Bréfritari: Lárus Bjarnason
Dagsetning: A-1874-11-29
Skrifað á: Vesturheimi

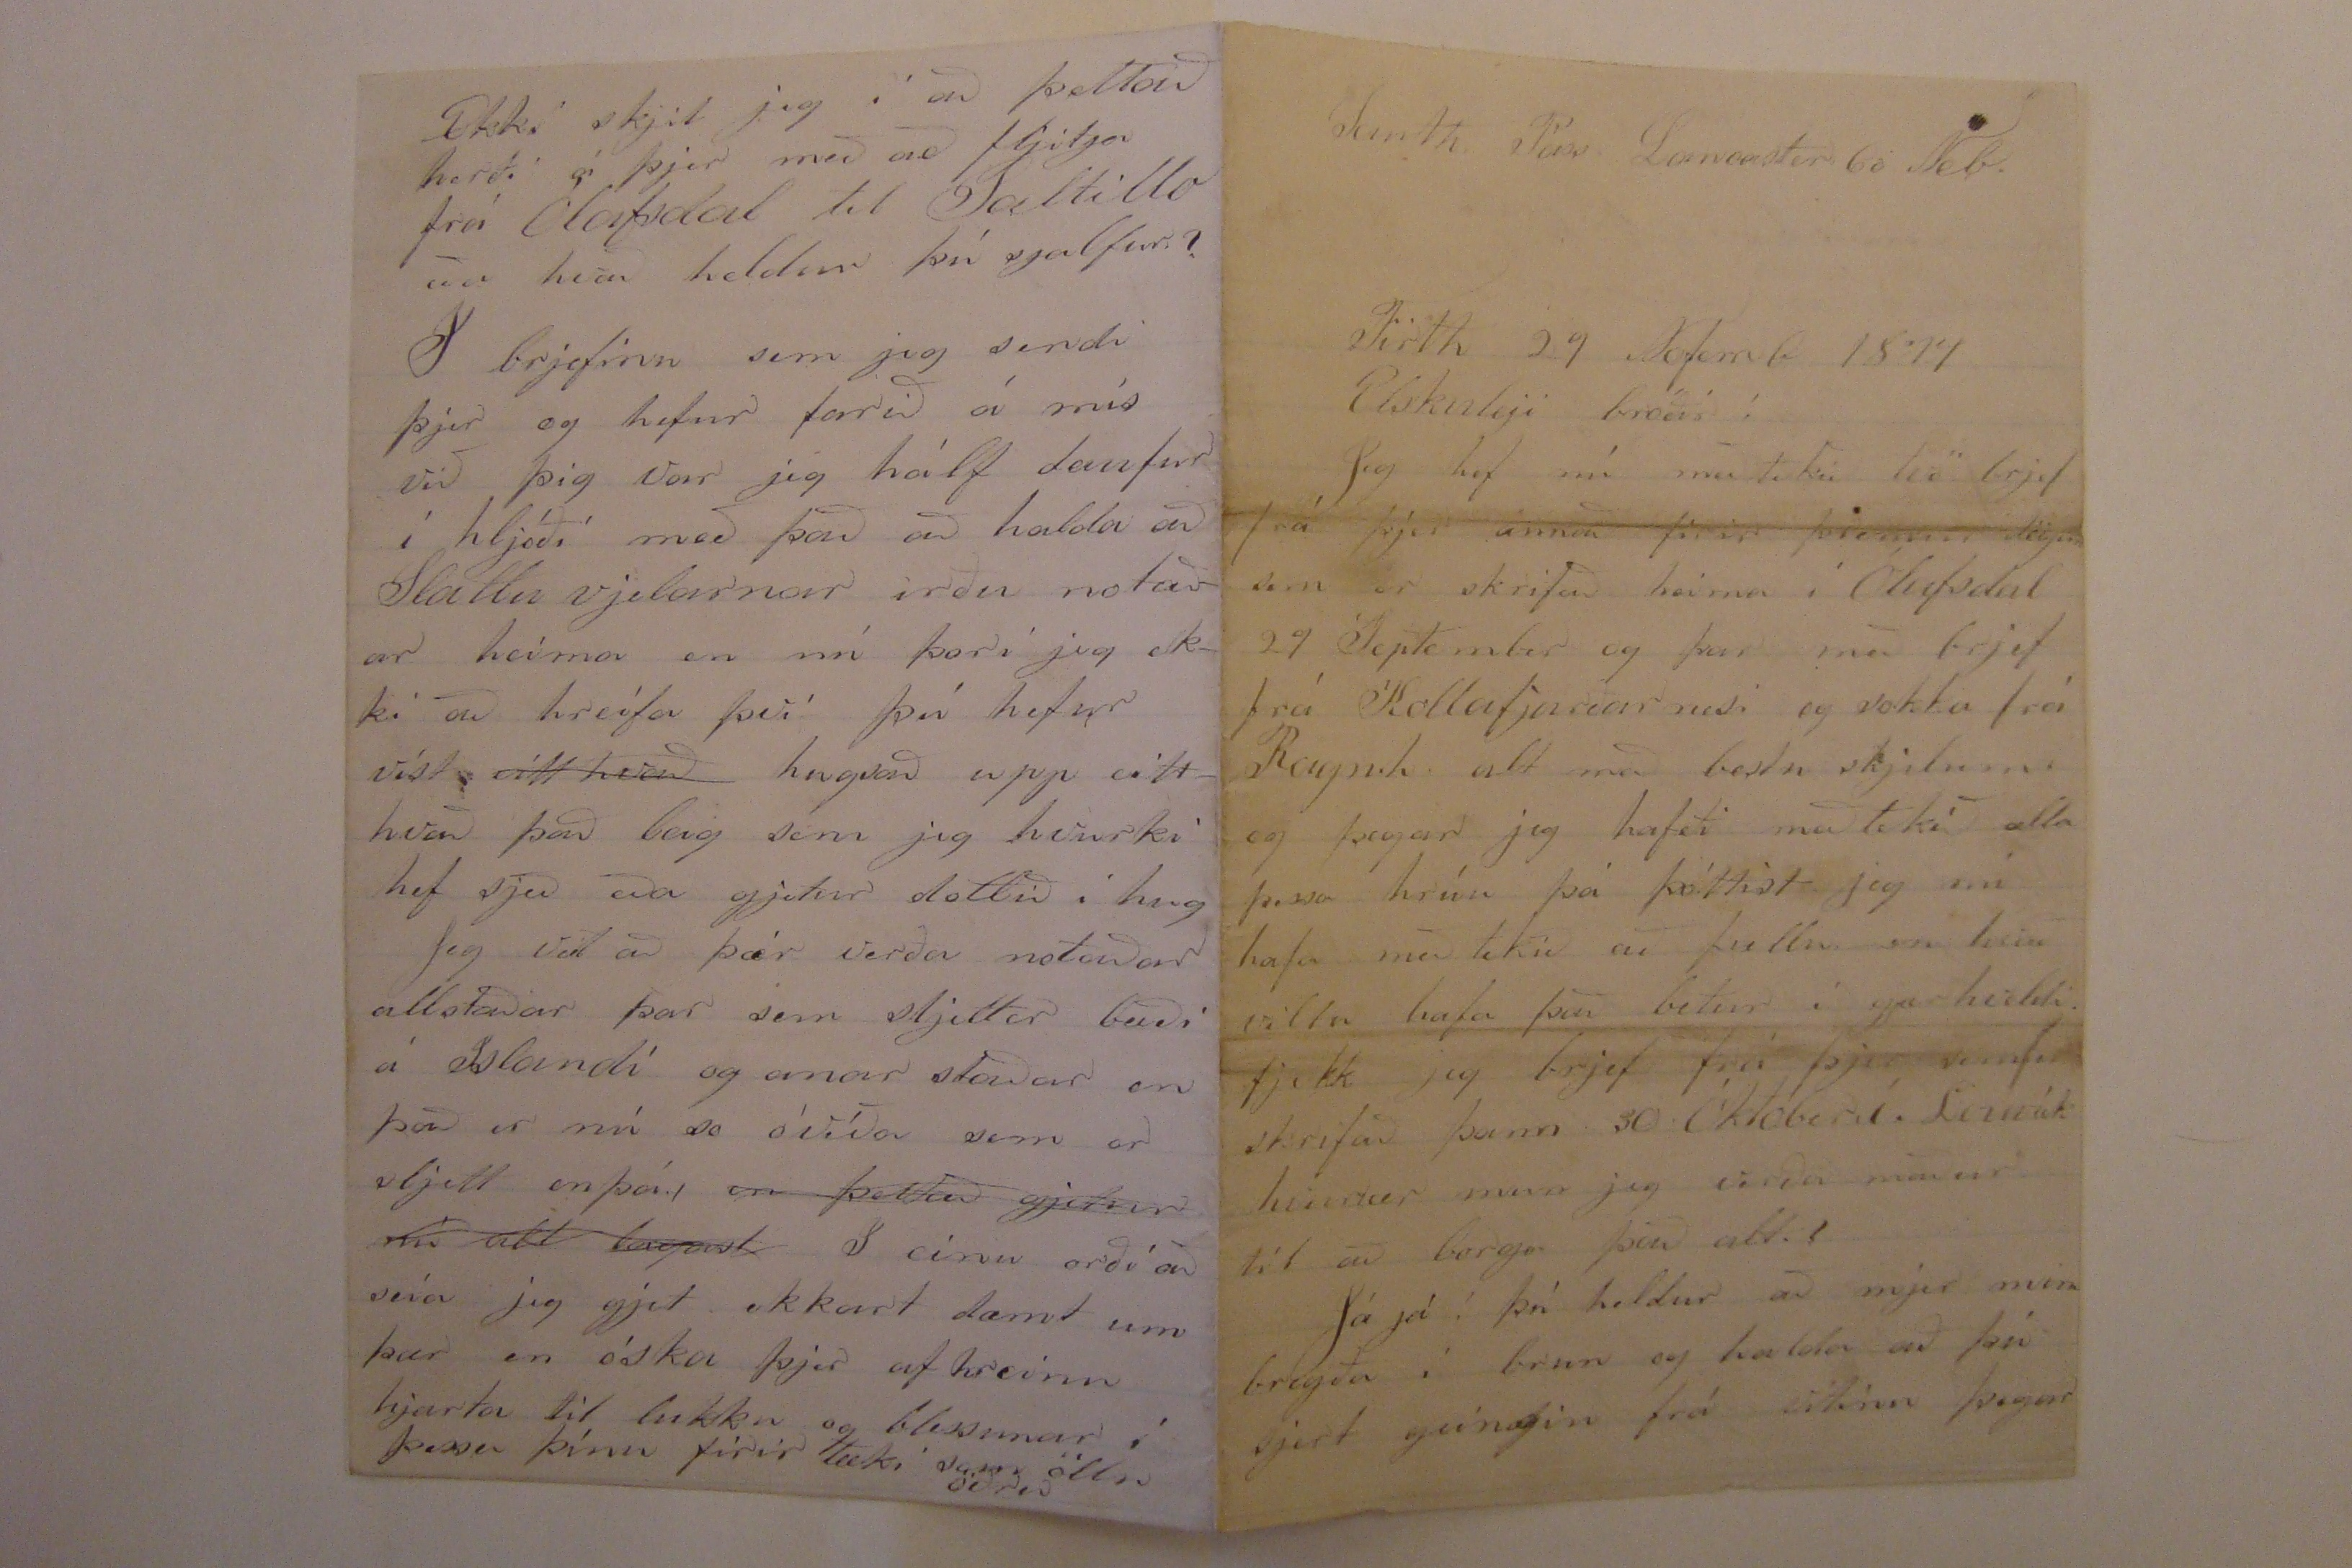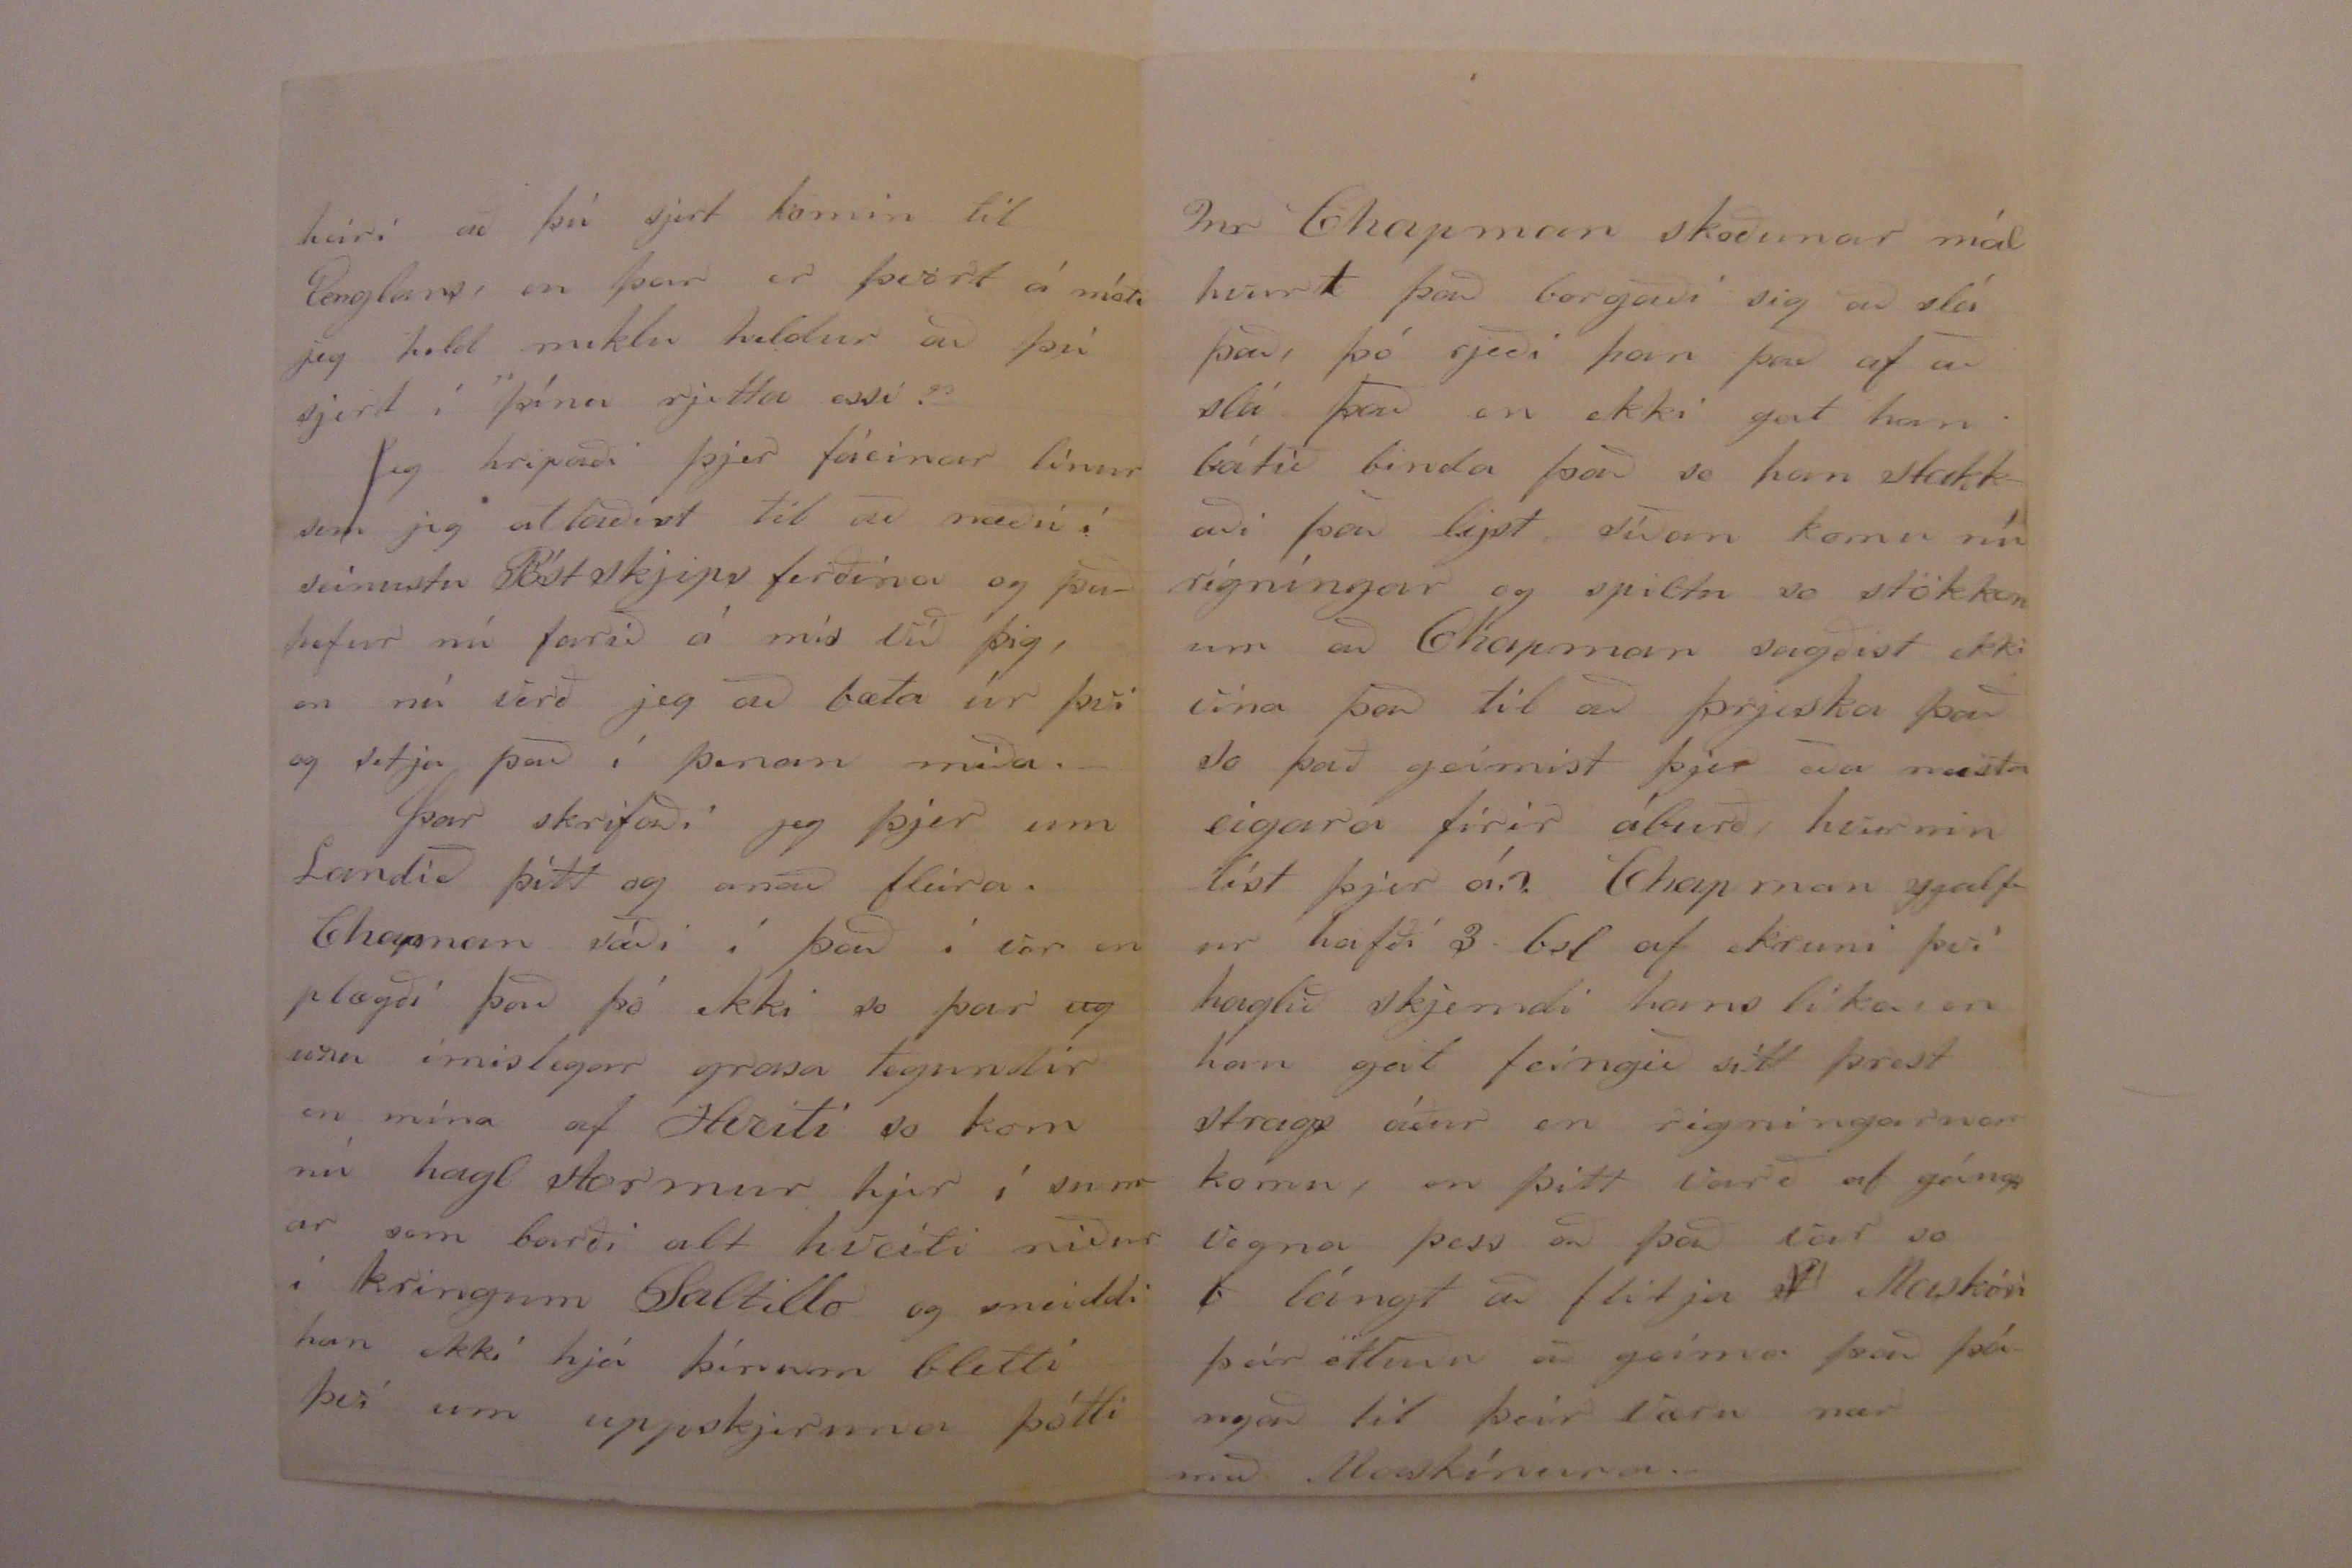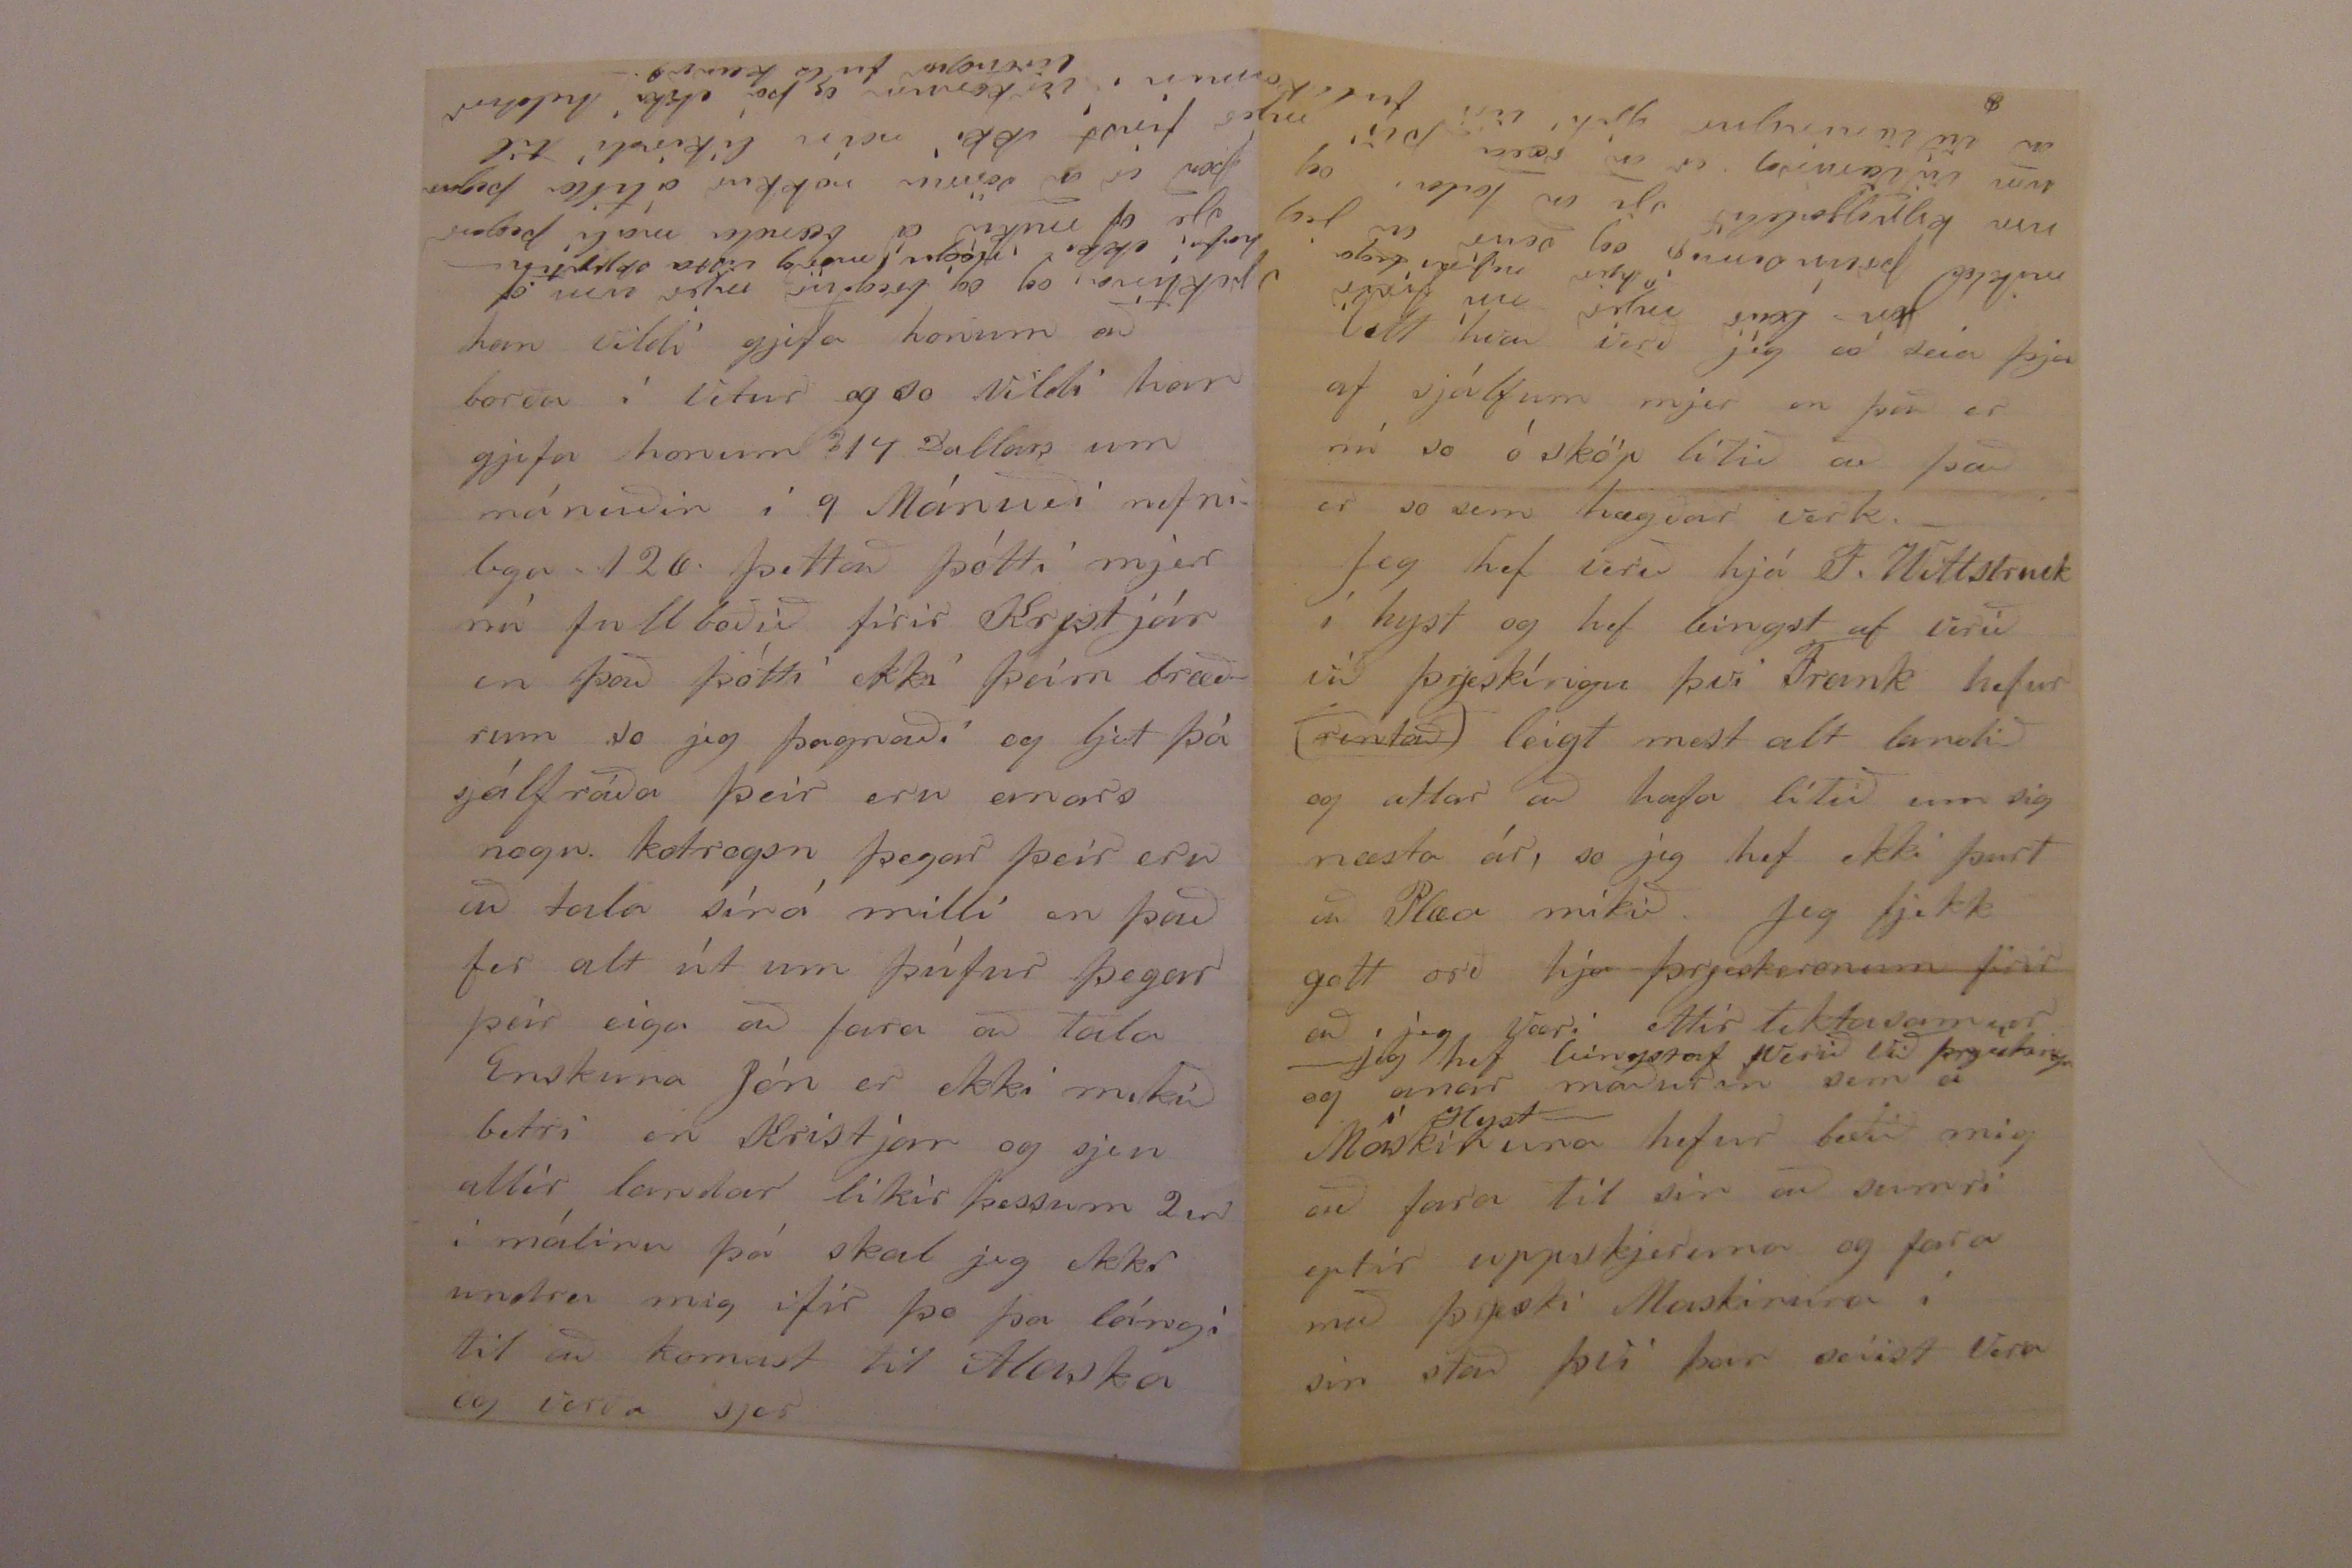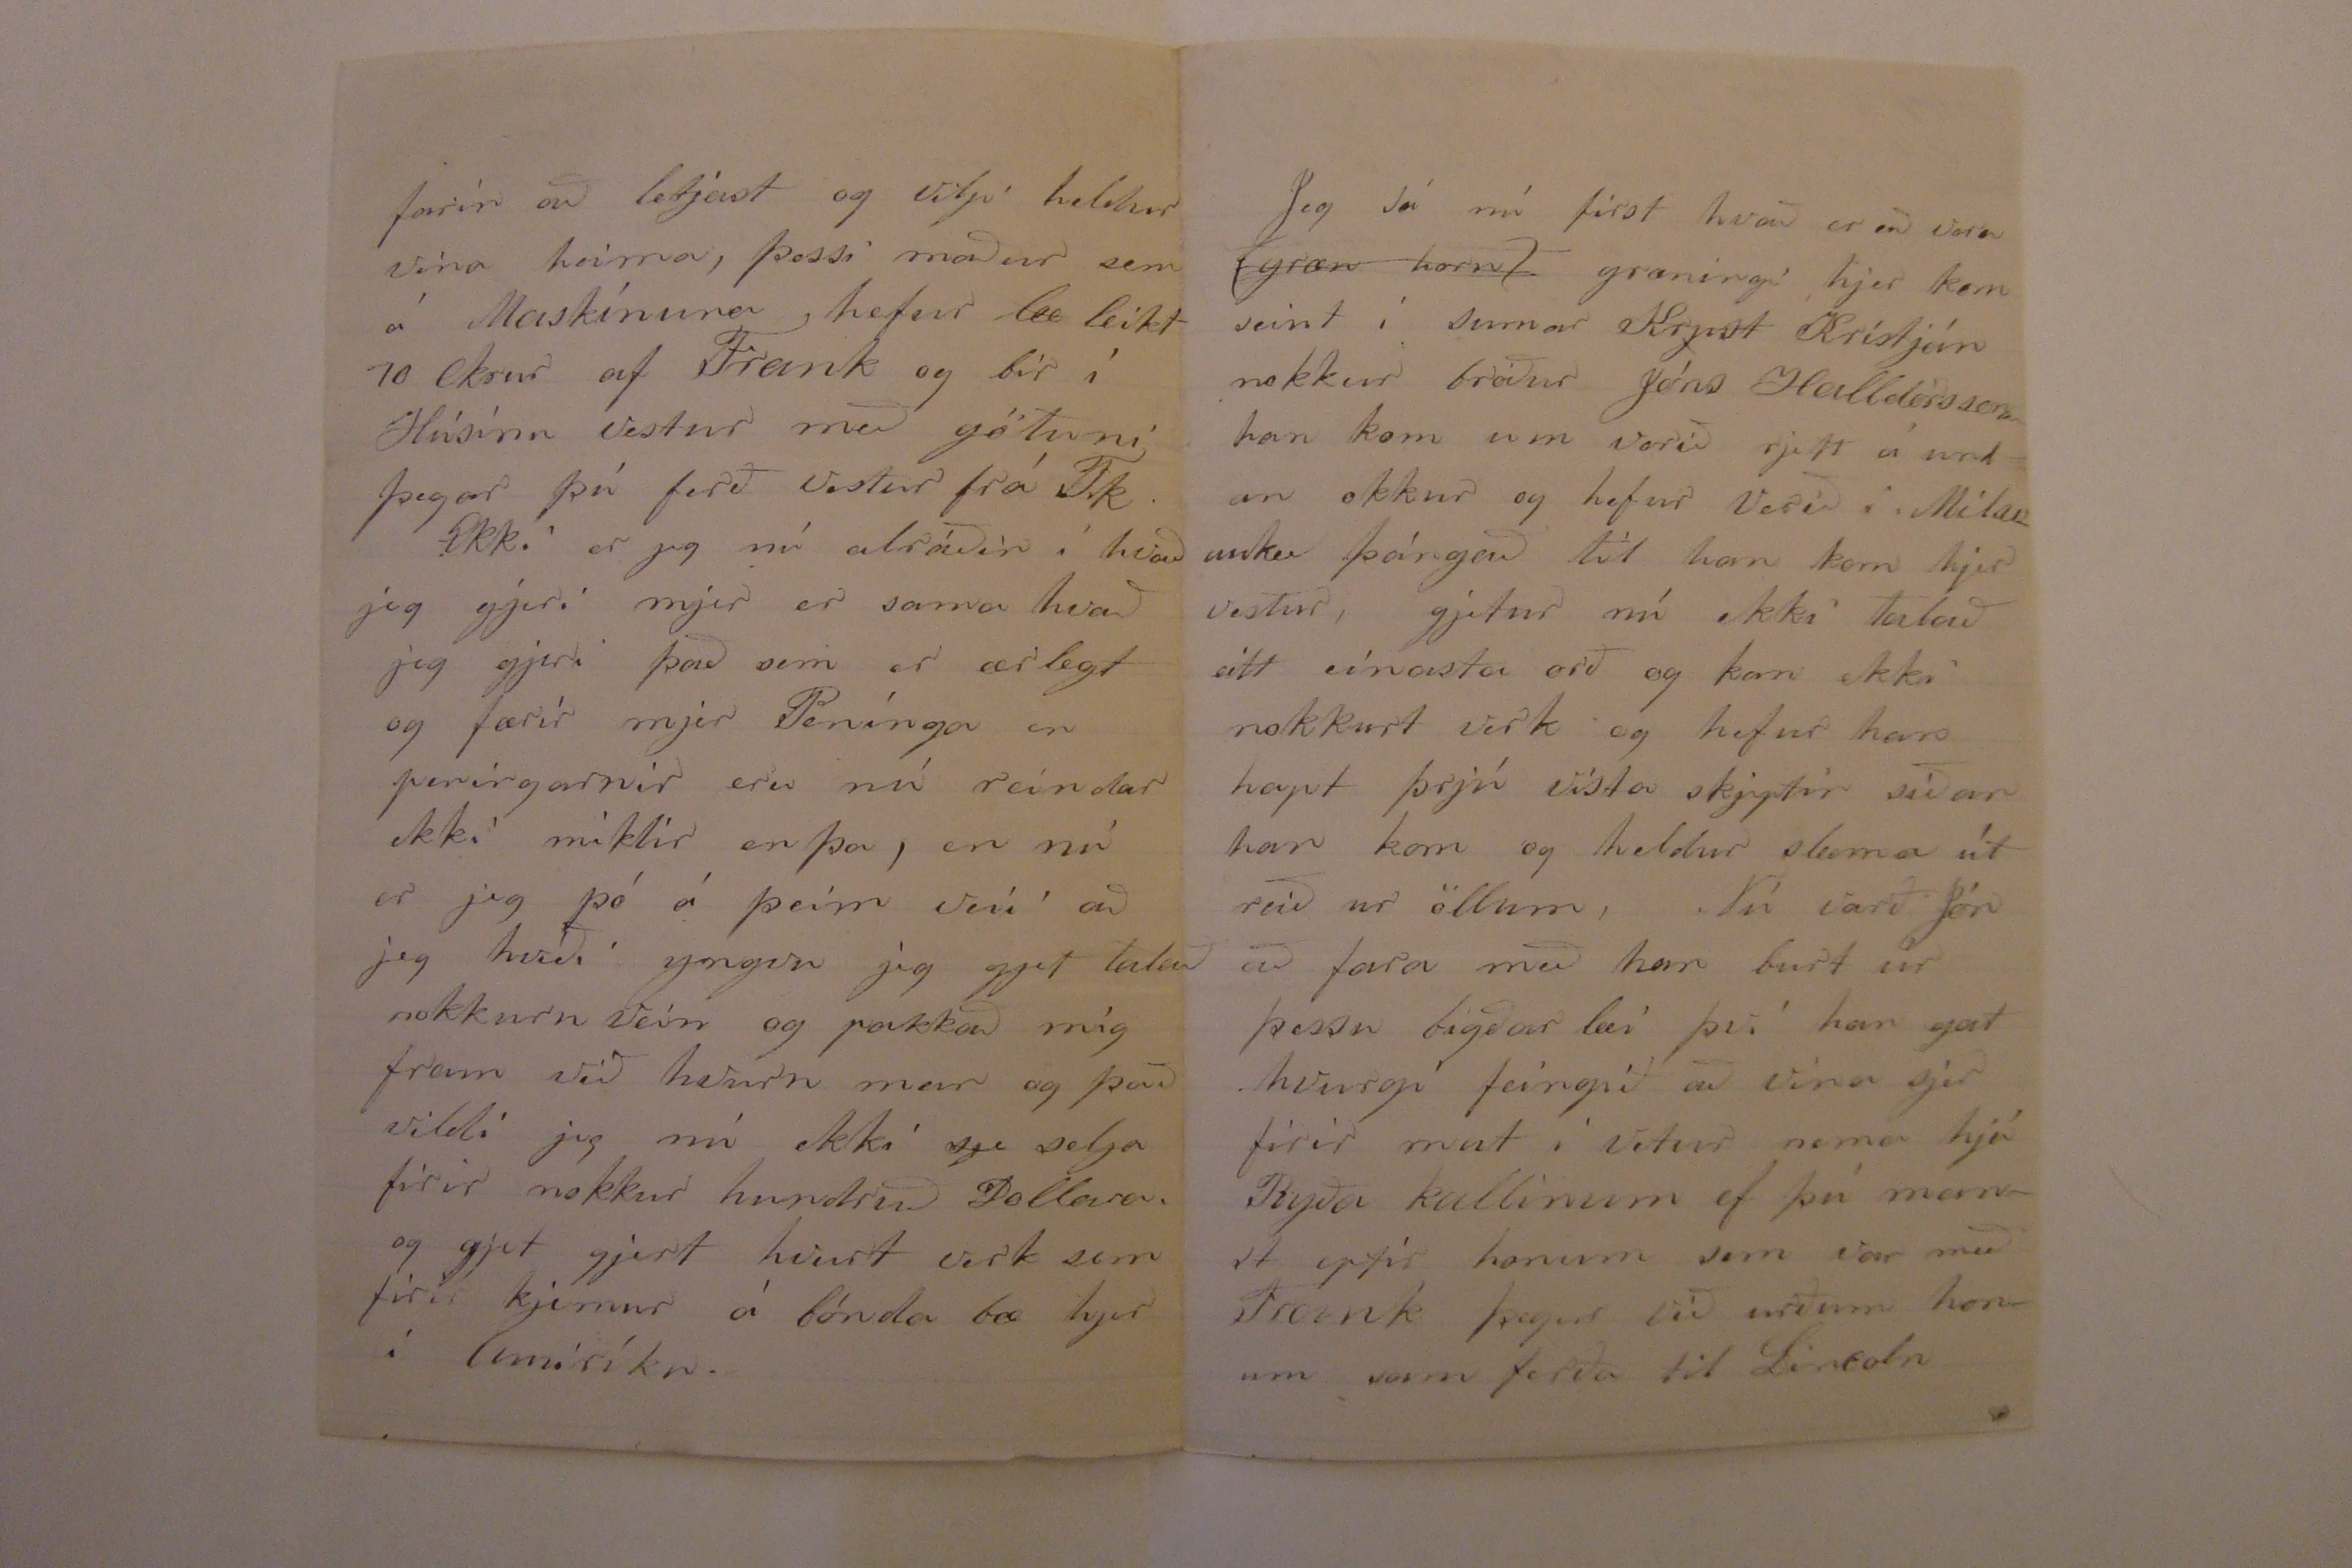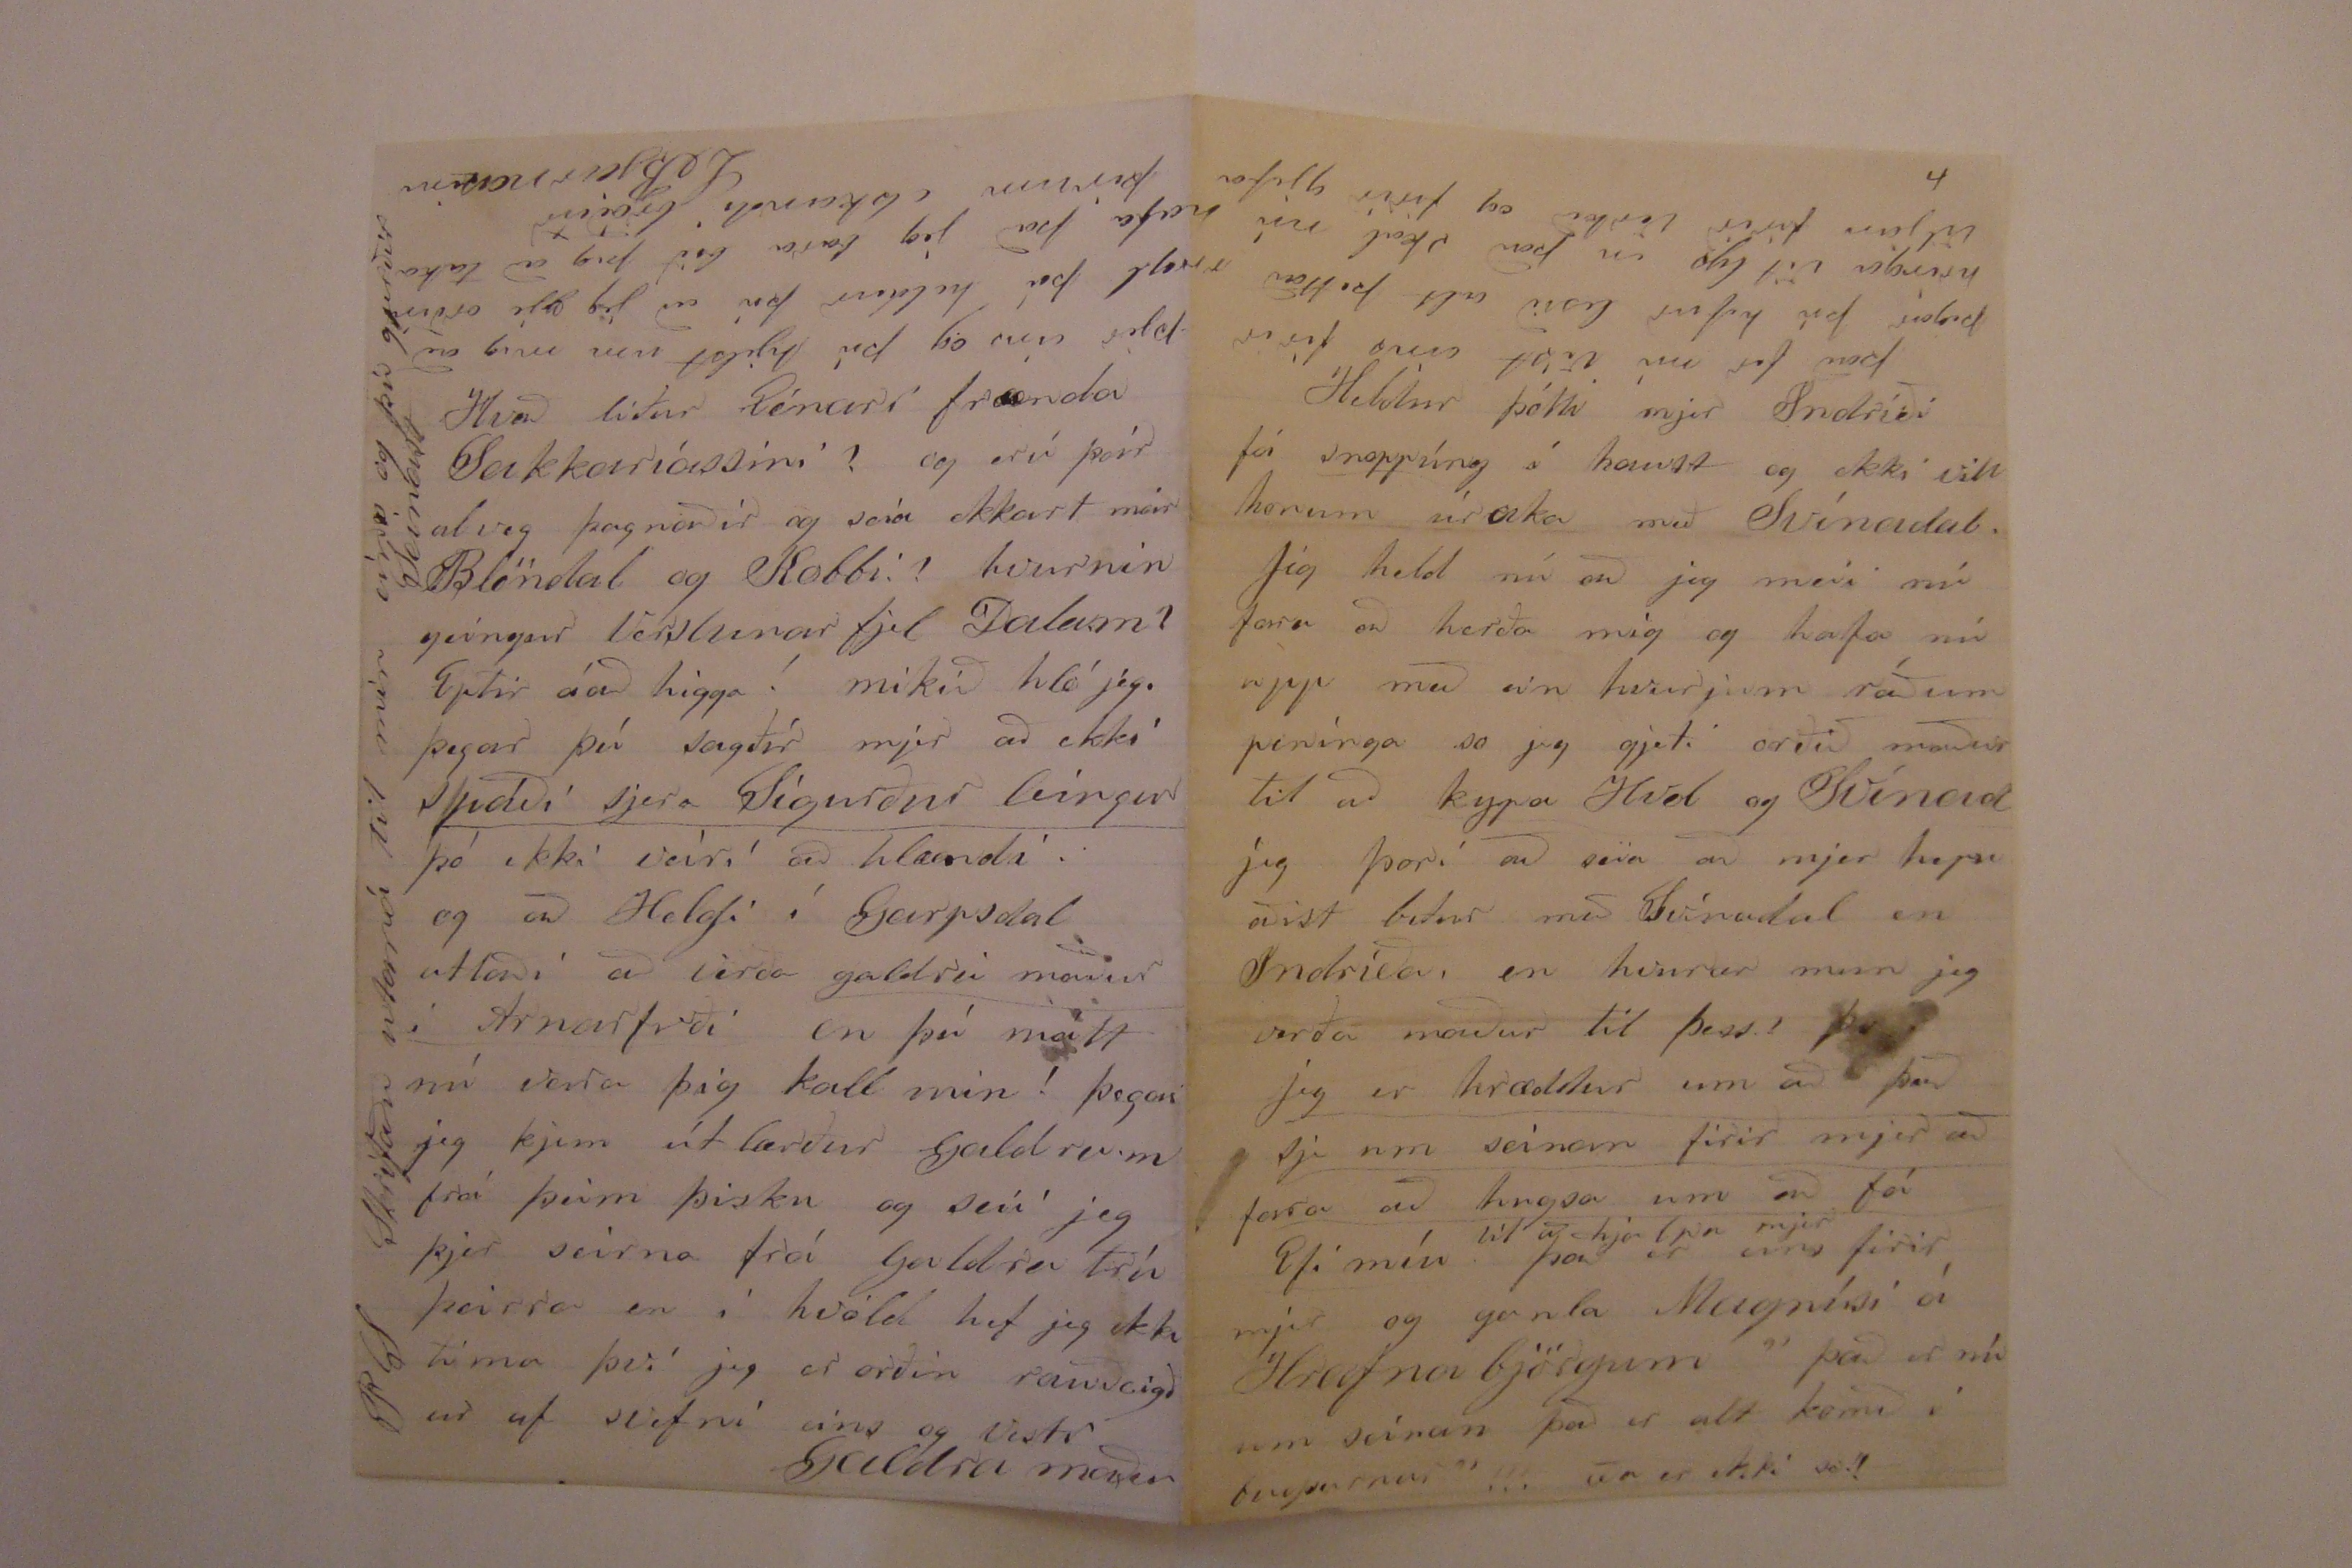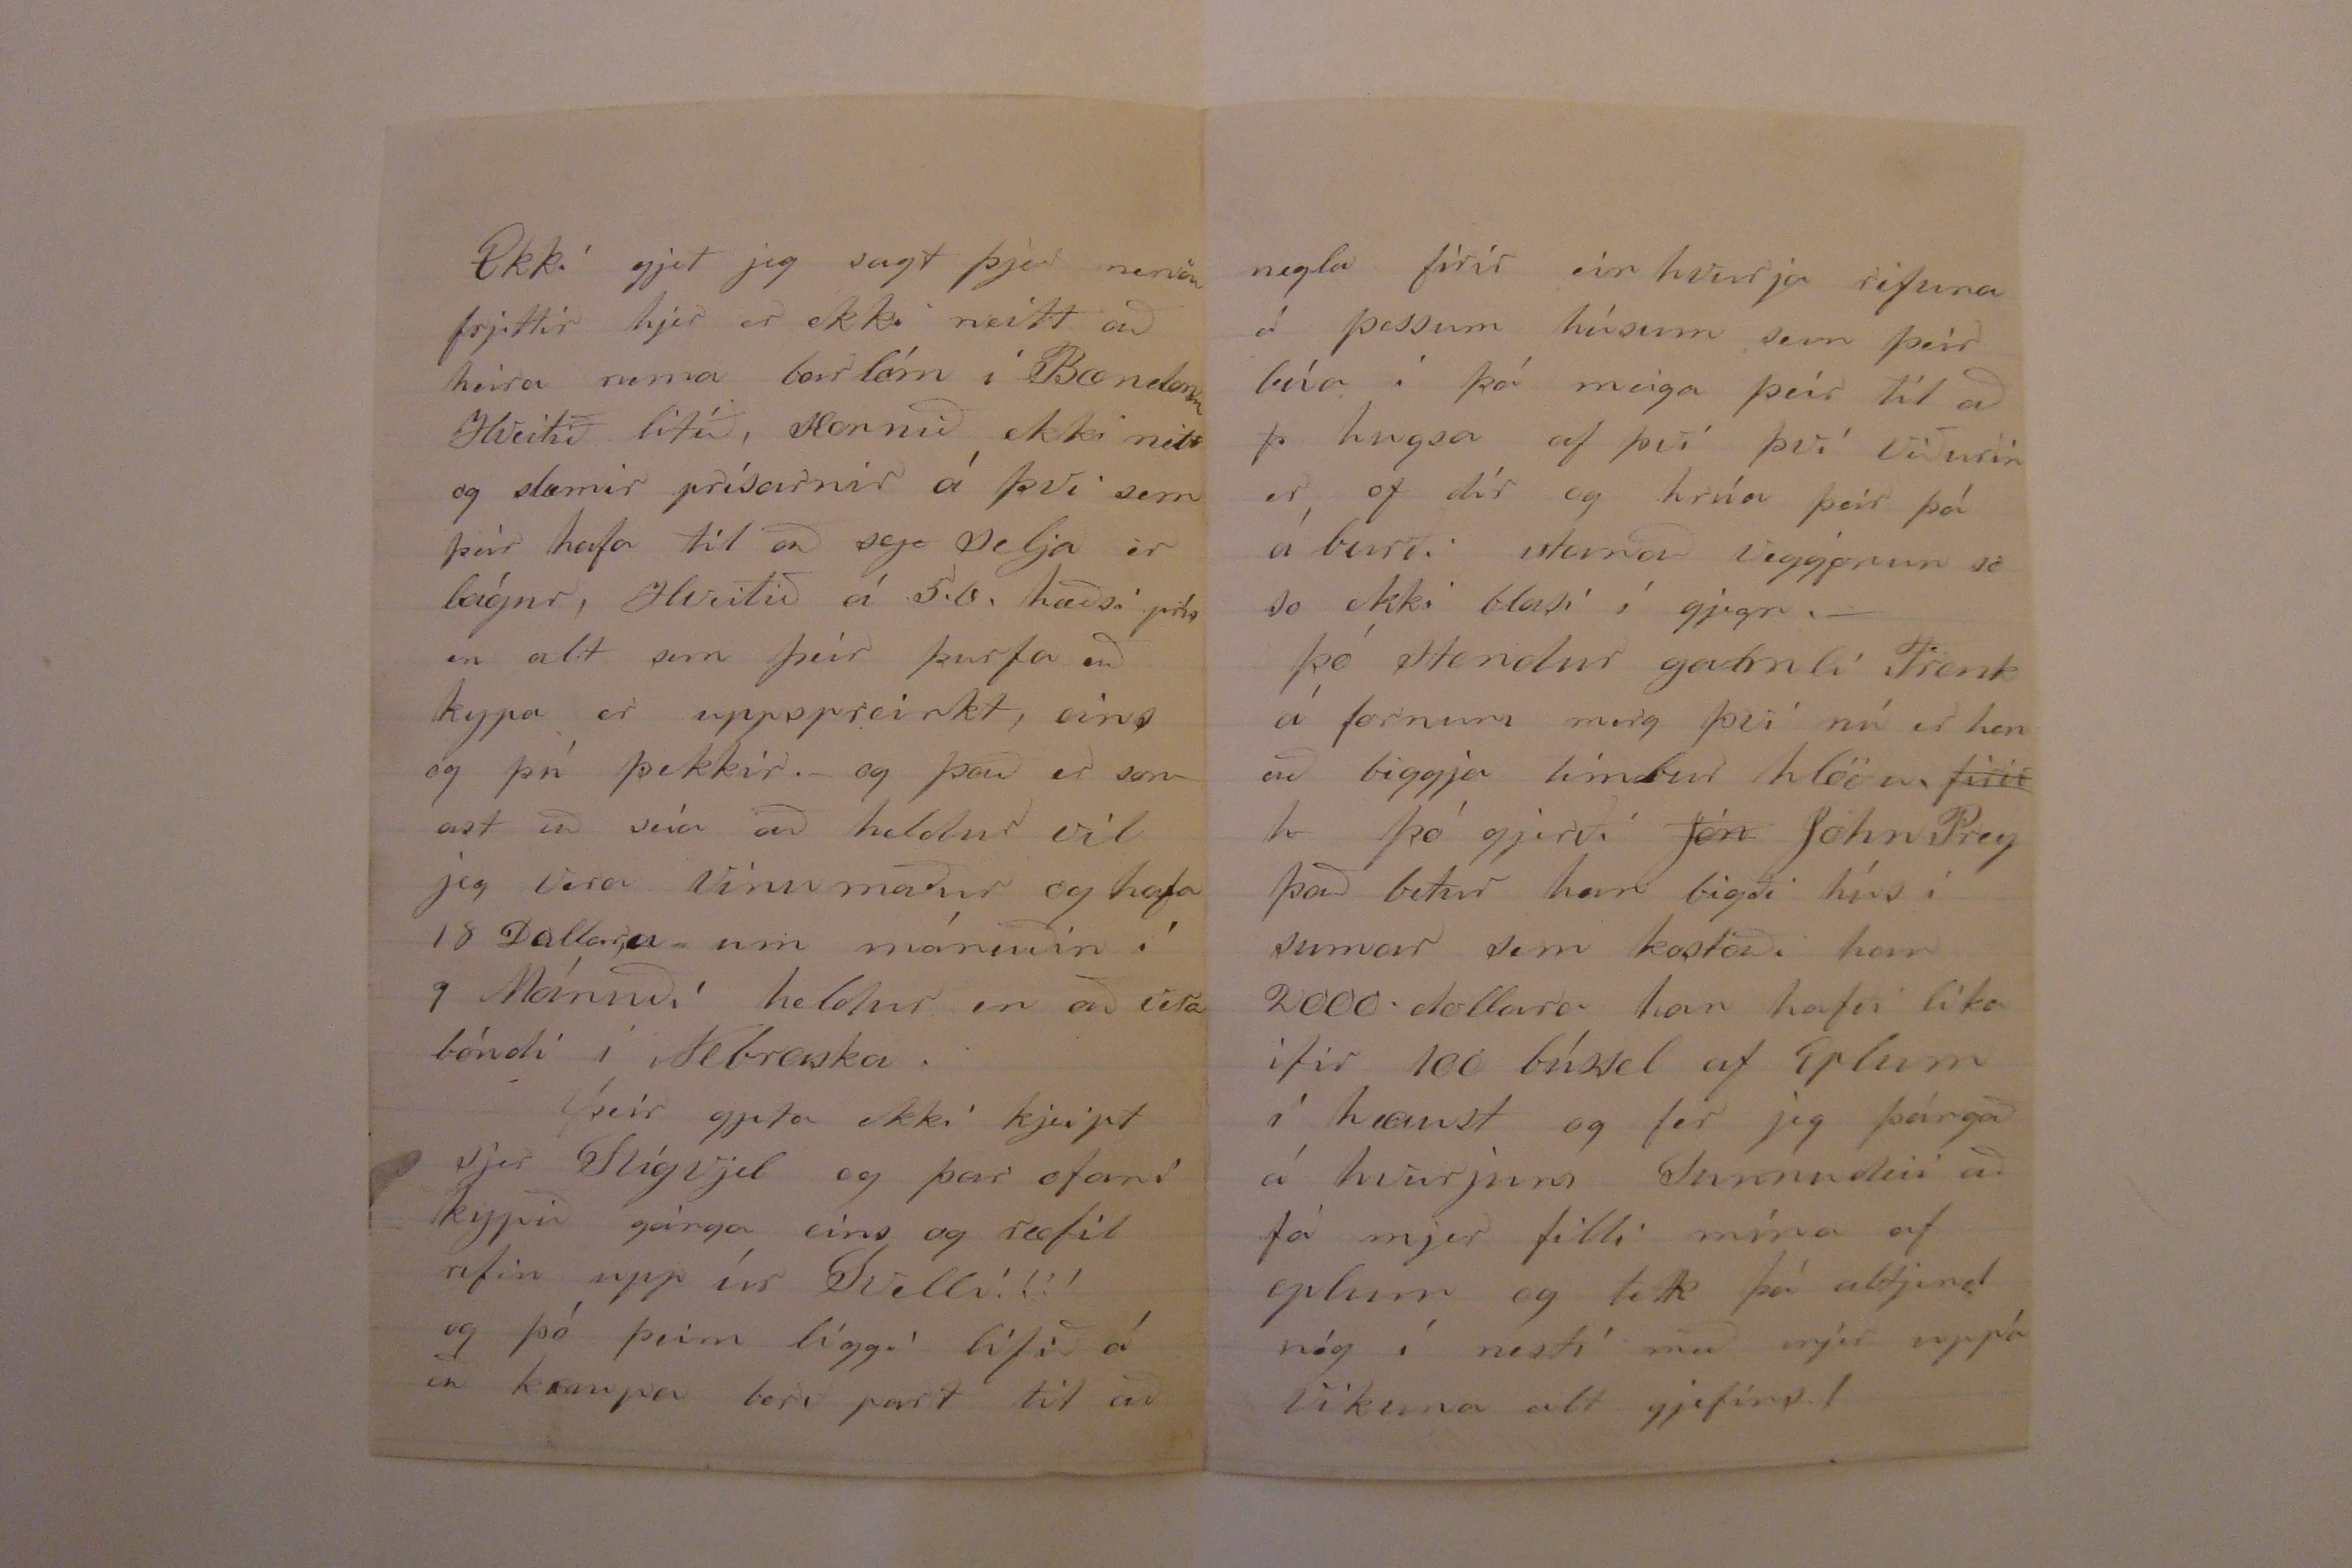

South Pass.
Lancaster Co Neb.
Firth 29 Nofemb 1874
Elskuleii bróðir!
Jeg hef nú meðtekið tvö brjef frá þjer annað firir þremur dögum sem er skrifað heima í Ólafsdal 29 September og þar með brjef frá Kollafjarðarnesi og sokka frá Ragnh. alt með bestu skjilum og þegar jeg hafði meðtekið alla þessa hrúu þá þóttist jeg nú hafa meðtekið að fullu en hvað viltu hafa það betur í gjærhveldi fjekk jeg brjef frá þjer sem er skrifað þann 30. Óktóber í
Leirvík
hvunær mun jeg verða maður til að borga það alt?
Já já! þú heldur að mjer muni bregða í brun og halda að þú sjert geingin frá vitinu þegar
heiri að þú sjert komin til Einglands, en það er þvert á móti jeg held miklu heldur að þú sjert í þínu rjetta essi.
Jeg hripaði þjer fáeinar línur sem jeg atlaðist til að næðu í seinustu Póstskjips ferðina og það hefur nú farið á mis við þig, en nú verð jeg að bæta úr því og setja það í þenan miða.
Þar skrifaði jeg þjer um Landið þitt og anað fleira. Chapman sáði í það í vor en plægði það þó ekki so þar
ug
uxu ímislegar grasa tegundir en mina af Hveiti so kom nú hagl stormur hjer í sumar sem barði alt hveiti niður í kringum Saltillo og sneiddi han ekki hjá þínum bletti því um uppskjeruna þótti
mr Chapman skoðunarmál hvurt það borgaði sig að slá það, þó rjeði han það af að slá það en ekki gat han látið binda það so han stakkaði það lyst síðan komu nú rigningar og spiltu so stökkunum að Chapman sagðist ekki vina það til að þreskja það so það geimist þjer eða næsta eigara firir áburð, hvurnin líst þjer á? Chapman sjalfur hafði 3 bsl af eskuni því haglið skjemdi hans líka en han gat feingið sitt þrest strags áður en rigningarnar komu, en þitt varð af gángs vegna þess að það var so
l
lángt að flitja
0
Maskín þeir ötluðu að geima það þángað til þeir væru nær með Maskínuna.
Ekki skjil jeg í að þettað herði á þjer með að flitja frá Ólafsdal til Saltillo eða hvað heldur þú sjalfur?
I brjefinu sem jeg sendi þjer og hefur farið á mis við þig var jeg hálf daufur í hljóði með það að halda að Slattuvjelarnar irðu notaðar heima en nú þori jeg ekki að hreifa því þú hefur víst
eitt hvað
hugsað upp eitt hvað það lag sem jeg hvurki hef sjeð eða gjetur dottið í hug
Jeg veit að þeir þær verða notaðar allstaðar þar sem sljett er bæði á Islandi og anar staðar en það er nú so óvíða sem er sljett enþá,
en þettað gjetur nú alt lagast
I einu orði að seia jeg gjet ekkert dæmt um þær en óska þjer af hreinu hjarta til lukku og blessunar í þessu þínu firir tæki sem öllu öðru
Eitt hvað verð jeg að seia þjer af sjálfum mjer en það er nú so ósköp lítið að það er so sem hægðar verk.
Jeg hef verið hjá F. Wittstruck í hyst og hef leingst af verið við þrjeskíngu því Frank hefur
(rentað)
leigt mest alt landið og atlar að hafa lítið um sig næsta ár, so jeg hef ekki þurt að Plæa mikið. Jeg fjekk gott orð hja þrjeskeronum firir að jeg væri ettir tektarsamur
- jeg hef leingst af verið við þrjeskingu í Hyst -
og anar maðurin sem á Maskínuna hefur beðið mig að fara til sín að sumri eptir uppskjeruna og fara með þrjeski Maskinuna í sin stað því þar seiist vera
Jón láir mjer nú firir spektina og
og bregður mjer um of mikla
þreínsemi
hjer nefnilega hafi ekki nógu mörg vista skiptin
og seiir að jeg sje of mikið á bænda mali þegar um kypgjaldið sje að tala og það er að sömu nokkur átilla þegar um viðvarning er að ræða því mjer finst ekki nein líkindi til að viðvæningur gjeti verið fullkomin í verkonum og þó ekki heldur verðugur fulls kaups
farin að letjast og vilji heldur vina heima, þessi maður sem á Maskínuna hefur
lee
leikt 70 Ekrur af Frank og bír í Húsinu vestur með götuni þegar þú ferð vestur frá T.k.
Ekki er jeg nú alráðin í hvað jeg gjeri mjer er sama hvað jeg gjeri það sem er ærlegt og færir mjer Penínga en peningarnir eru nú reindar ekki miklir enþa, en nú er jeg þó á þeim veii að jeg hvíði yngvu jeg gjet talað nokkurn veiin og pakkað mig fram við hvurn man og það vildi jeg nú ekki
sje
selja firir nokkur hundruð Dollara. og gjet gjert hvurt verk sem firir kjemur á bónda bæ hjer í Amiríku.
Jeg sá nú first hvað er að vera
(græn horn)
græningi hjer kom seint í sumar
Krjist
Kristján nokkur bróður Jóns Halldórssons han kom um vorið rjett á undan okkur og hefur verið í Milwaukee þángað til han kom hjer vestur, gjetur nú ekki talað eitt einasta orð og kan ekki nokkurt verk og hefur han hapt þrjú vista skjiptin síðan han kom og heldur slæma út reið ur öllum, Nú varð Jón að fara með han burt úr þessu bigðar læi því han gat hvurgi feingið að vina sjer firir mat í vetur nema hjá Ryða kallinum ef þú manst eptir honum sem var með Frank þegar við urðum honum sam ferða til Lincoln
han vildi gjefa honum að borða í vetur og so vildi han gjefa honum 14 Dollars um mánuðin í 9 Mánuði nefnilega 126 þettað þótti mjer nú fullboðið firir Kristján en það þótti ekki þeim bræðrum so jeg þagnaði og ljet þá sjálfráða þeir eru anars nogu
kotrogsn
þegar þeir eru að tala sín á milli en það fer alt út um þúfur þegar þeir eiga að fara að tala Enskuna Jón er ekki mikið betri en Kristján og sjeu allir landar líkir þessum 2ur í málinu þá skal jeg ekki undra mig ifir þo þa lángi til að komast til Alaska og verða sjer
Heldur þótti mjer Indriði fá
snoppúng
í haust og ekki vill honum úr
aka
með Svínadal.
Jeg held nú að jeg meii nú fara að herða mig og hafa nú upp með ein hvurjum ráðum peninga so jeg gjeti orðið maður til að kypa Hvol og Svínada jeg þori að seia að mjer hepnaðist betur með Svínadal en Indriða, en hvunær mun jeg verða maður til þess?
þv
jeg er hræddur um að það sje um seinan firir mjer að fara að hugsa um að fá
Efi
min
til að hjalpa mjer
það er eins firir mjer og gamla Magnúsi á Hrafnabjörgum " það er nú um seinan það er alt komið í bugsurnar " !!! eða er ekki so!!
það fer nú víst eins firir þjer eins og þú hjelst um mig að þegar þú hefur lesið allt þettað
rugl
þá heldur þú að jeg sje orðin hringa vitlys en það skal nú hafa það jeg bara bið þig að taka viljan firir verkið og firir gjefa þínum elskandi bróður L Bjarnasini
Ekki gjet jeg sagt þjer neinar frjettir hjer er ekki neitt að heira nema
barl00
í Bændonum Hveitið lítið, Kornið ekki neitt og slæmir prísarnir á því sem þeir hafa til að
sej0
selja er
leigur
, Hveitiið er á 5.6. hæðsi prís en alt sem þeir þurfa að kypa er uppspreinkt, eins og þú þekkir og það er sanast að seia að heldur vil jeg vera vinumaður og hafa 18 Dollara um mánuðin í 9 Mánuði heldur en að vera bóndi í Nebraska.
Þeir gjeta ekki kjeipt sjer Stígvjel og þar ofaní kypið gánga eins og ræfil rifin upp úr Svelli!!! og þó þeim liggi lífið á að
kaupa
borð part til að
negla firir einhvurja rifuna á þessum húsum sem þeir búa í þá meiga þeir til að
þ
hugsa af því því viðurin er of dír og hrúa þeir þá á burði
utanað
veggjonum so so ekki blasi í gjegn. - þó stendur gamli Frank á fornum merg því nú er han að biggja timbur hlöðu
firir h
þó gjerði
Jón
John Prey það betur han bigði hús í sumar sem kostaði han 2000 dollara han hafði líka ifir 100 bússel af Eplum í haust og fer jeg þángað á hvurjum Sunnudeii að fá mjer filli mína af eplum og tek þá etjend nóg í nesti með mjer uppá vikuna alt gjefins!
Hvað líður Einari frænda Sakkaríussini? og eru þeir alveg þagnaðir og seia ekkert meir Blöndal og Kobbi? hvurnin geingur Verslunarfjel Dalam? Eptir á að higga ! mikið hló jeg þegar þú sagði mjer að ekki
spáði sjera Sigurður leingur
þó ekki
væri
að hlæandi og að Helgi í Garpsdal atlaði að verða
galdra maður
í Arnarfirði en þú matt nú vara þig kall min! þegar jeg kjem útlærður Galdram frá þeim þisku og seii jeg þjer seirna frá Galdra trú þeirra en í hvöld hef jeg ekki tíma því jeg er orðin rauðeigður af svefni eins og vesti Galdra maður
P S Skrifaðu utaná til mín eins og þú gjerðir Seinast